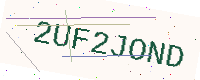
Text: 2UF2JOND